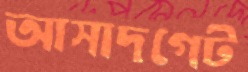
আসাদগেট